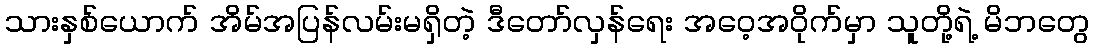
သားနှစ်ယောက် အိမ်အပြန်လမ်းမရှိတဲ့ ဒီတော်လှန်ရေး အဝေ့အဝိုက်မှာ သူတို့ရဲ့ မိဘတွေ